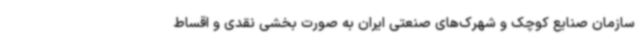
سازمان صنایع کوچک و شهرک‌های صنعتی ایران به صورت بخشی نقدی و اقساط